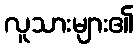
လူသားများ၏